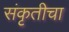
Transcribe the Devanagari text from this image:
संकृतीचा